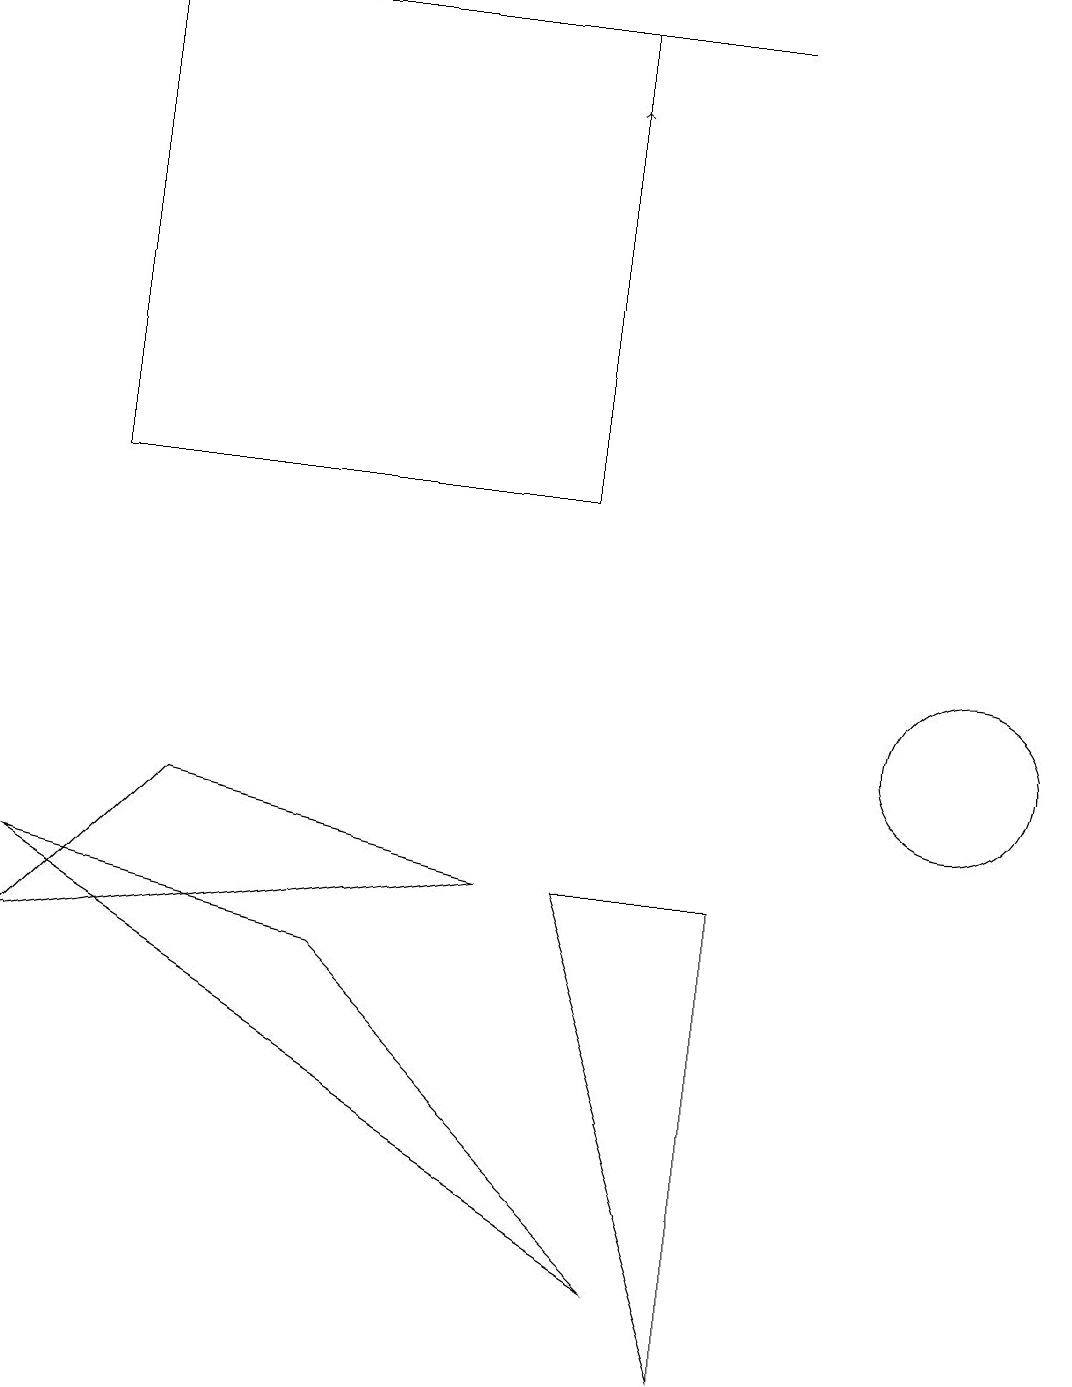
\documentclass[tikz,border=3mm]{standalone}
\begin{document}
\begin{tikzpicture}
\draw[->] (7,15) -- (7,18);
\draw (4,7) -- (0,8) -- (8,3) -- cycle;
\draw (6,8) -- (2,9) -- (0,7) -- cycle;
\draw (10,11) circle (0);
\draw (12,10) circle (1);
\draw (1,13) rectangle (7,19);
\draw (4,19) rectangle (9,19);
\draw (9,2) -- (7,8) -- (9,8) -- cycle;
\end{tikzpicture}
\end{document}